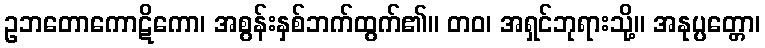
ဥဘတောကောဋိကော၊ အစွန်းနှစ်ဘက်ထွက်၏။ တဝ၊ အရှင်ဘုရားသို့။ အနုပ္ပတ္တော၊